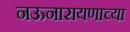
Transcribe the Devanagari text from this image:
नऊनारायणाच्या